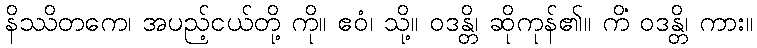
နိဿိတကေ၊ အပည့်ငယ်တို့ ကို။ ဧဝံ၊ သို့။ ဝဒန္တိ၊ ဆိုကုန်၏။ ကိံ ဝဒန္တိ၊ ကား။